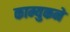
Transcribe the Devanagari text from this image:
काम्युकने